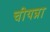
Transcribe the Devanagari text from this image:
चीयन्ना